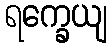
ရက္ခေယျ